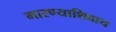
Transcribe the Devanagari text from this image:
मारण्याशिवाय